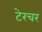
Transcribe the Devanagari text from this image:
टेरचर